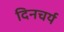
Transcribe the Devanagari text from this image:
दिनचर्य